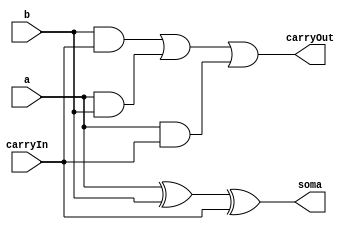
// ---------------
// Exemplo0037 - SOMADOR ALGBRICO COM FLAGS: OVERFLOW, CARRY, ZERO e SINAL
// Nome: Josemar Alves Caetano
// Matrcula: 448662
// Data: 08/09/2012
// ----------------

// ----------------
// Soma Completa
// ----------------
module somaCompleta(output soma, output carryOut, input a, input b, input carryIn);

//Definio dos fios
wire s0, s1, s2, s3;

//Definio do circuito
xor xor1(s0, a, b);
xor xor2(soma, s0, carryIn);
and and1(s1, b, carryIn);
and and2(s2, a, b);
and and3(s3, a, carryIn);
or or1(carryOut, s1, s2, s3);

endmodule //somaCompleta

// ----------------
// ALU 01
// ----------------
module alu01(output [2:0]saida, input [1:0]a, input [1:0]b, input operacao);

//Definio dos fios do circuito
wire s0, s1, carrySC01;

//Definio da ALU
xor xor1(s0, operacao, b[0]);
xor xor2(s1, operacao, b[1]);
somaCompleta sc01(saida[0], carrySC01, a[0], s0, operacao);
somaCompleta sc02(saida[1], saida[2], a[1], s1, carrySC01);

endmodule //alu01

// ----------------
// Zero Flag
// ----------------
module zeroFlag(output zero, input [2:0]a);

//Definio dos fios do subcircuito
wire s0;

// Definio da ALU
or or1(s0, a[2], a[1], a[0]);
not not1(zero, s0);

endmodule //zeroFlag

// ----------------
// Carry e overflow
// ----------------
module carryOverflow(output carry, output overflow, input [1:0]a, input [1:0]b, input carryIn);

//Definio dos fios do circuito
wire s0, s1, s2, s3, s4, s5, s6, s7, s8, s9,
     ci_n, b1_n, a0_n;

//Definio do subcircuito carry
and and1(s0, a[0], b[1], b[0]);
and and2(s1, a[1], a[0], b[0]);
and and3(s2, a[1], b[1]);
or or1(s3, s0, s1, s2);
not not1(ci_n, carryIn);
and and4(carry, ci_n, s3);

//Definio do subcircuito overflow
not not2(b1_n, b[1]);
and and5(s4, a[0], b1_n, b[0]);
not not3(a0_n, a[0]);
and and6(s5, a[1], a0_n);
xor xor1(s6, b[1], b[0]);
and and7(s7, a[1], a[0], b[1]);
and and8(s8, s5, s6);
or or2(s9, s4, s8, s7);
and and9(overflow, carryIn, s9);

endmodule //carryOverflow

// ----------------
// Sinal
// ----------------
module sinal(output sinal, input [1:0]a, input [1:0]b, input carryIn);

//Definio dos fios do subcircuito
wire a1_n, a0_n, s0, s1, s2, s3;

//Definio das portas
not not1(a1_n, a[1]);
not not2(a0_n, a[0]);
and and1(s0, a1_n, b[1]);
and and2(s1, a1_n, a0_n, b[0]);
and and3(s2, a0_n, b[1], b[0]);
or or1(s3, s0, s1, s2);
and and4(sinal, carryIn, s3);

endmodule //sinal

// ----------------
// ALU 05
// ----------------
module alu05(output [6:0]saida, input [1:0]a, input [1:0]b, input carryIn);

//Realiza a operao de soma ou subtrao
alu01 a1(saida[2:0], a, b, carryIn);

//Verifica se h o flag ZERO
zeroFlag zf(saida[4], saida[2:0]);

//Verifica se h os flags: CARRY e OVERFLOW
carryOverflow caov(saida[5], saida[6], a, b, carryIn);

//Verifica qual  o sinal
sinal s(saida[3], a, b, carryIn);

endmodule //alu05

// ----------------
// Test alu05
// ----------------
module test_alu05;

// ---------------- Definio de dados
reg [1:0] x;
reg [1:0] y;
reg carryIn;
wire [6:0] s;

// ---------------- Instncia
alu05 a5(s, x, y, carryIn);

// ----------------- Preparao
  initial begin: start
   x = 2'b00; y = 2'b00;
   carryIn = 1'b0;
  end

// ------------------ Parte principal
  initial begin: main
     $display("Exemplo0037 - Josemar Alves Caetano - 448662.");
     $display("Test ALU's Somador algbrico com flags: OVERFLOW, CARRY, ZERO e SINAL :\n");

  #1 $display("Teste da operao:\n");
     $display("Flags:\t\tOveflow\tCarry\tZero\tSinal");
     $display("%b + %b = %b.\t%b\t\t%b\t\t%b\t\t", x, y, s[2:0], s[6], s[5], s[4], s[3]);
     x = 2'b01; y = 2'b10;
  #1 $display("%b + %b = %b.\t%b\t\t%b\t\t%b\t\t", x, y, s[2:0], s[6], s[5], s[4], s[3]);
     x = 2'b10; y = 2'b11;
  #1 $display("%b + %b = %b.\t%b\t\t%b\t\t%b\t\t", x, y, s[2:0], s[6], s[5], s[4], s[3]);
     x = 2'b11; y = 2'b00;
  #1 $display("%b + %b = %b.\t%b\t\t%b\t\t%b\t\t", x, y, s[2:0], s[6], s[5], s[4], s[3]);
     carryIn = 1'b1;
     x = 2'b11; y = 2'b01;

  #1 $display("\nTeste da operao: Subtrao\n");
     $display("Flags:\t\tOveflow\tCarry\tZero");
     $display("%b - %b = %b.\t%b\t\t%b\t\t%b\t\t", x, y, s[2:0], s[6], s[5], s[4], s[3]);
     x = 2'b10; y = 2'b11;
  #1 $display("%b - %b = %b.\t%b\t\t%b\t\t%b\t\t", x, y, s[2:0], s[6], s[5], s[4], s[3]);
     x = 2'b01; y = 2'b10;
  #1 $display("%b - %b = %b.\t%b\t\t%b\t\t%b\t\t", x, y, s[2:0], s[6], s[5], s[4], s[3]);
     x = 2'b11; y = 2'b11;
  #1 $display("%b - %b = %b.\t%b\t\t%b\t\t%b\t\t", x, y, s[2:0], s[6], s[5], s[4], s[3]);

 end //main

endmodule //test_alu05